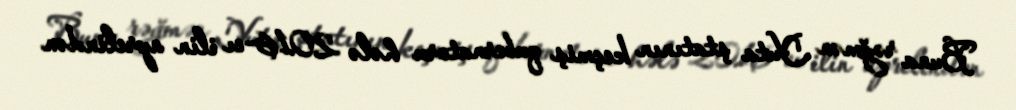
Buna rəğmən Yuta ştatının keçmiş qubernatoru hələ 2016-cı ilin aprelindən